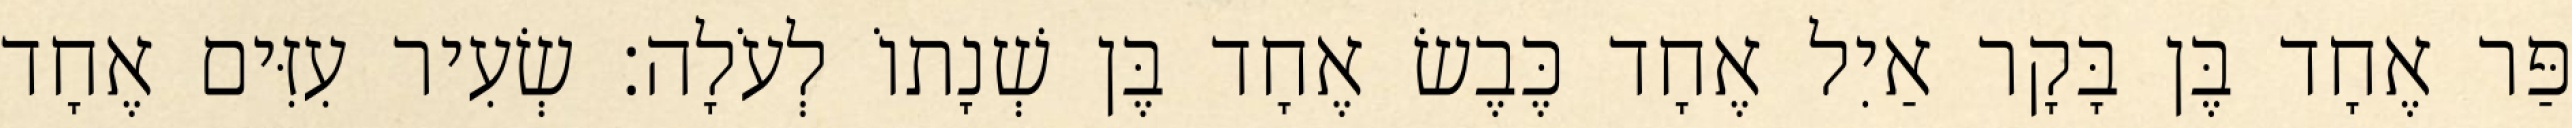
פַּר אֶחָד בֶּן בָּקָר אַיִל אֶחָד כֶּבֶשׂ אֶחָד בֶּן שְׁנָתוֹ לְעֹלָה׃ שְׂעִיר עִזִּים אֶחָד